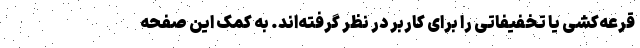
قرعه‌کشی یا تخفیفاتی را برای کاربر در نظر گرفته‌اند. به کمک این صفحه